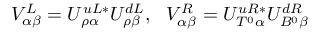
V _ { \alpha \beta } ^ { L } = U _ { \rho \alpha } ^ { u L * } U _ { \rho \beta } ^ { d L } , \ \ V _ { \alpha \beta } ^ { R } = U _ { T ^ { 0 } \alpha } ^ { u R * } U _ { B ^ { 0 } \beta } ^ { d R }